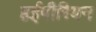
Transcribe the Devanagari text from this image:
हईपीरियन